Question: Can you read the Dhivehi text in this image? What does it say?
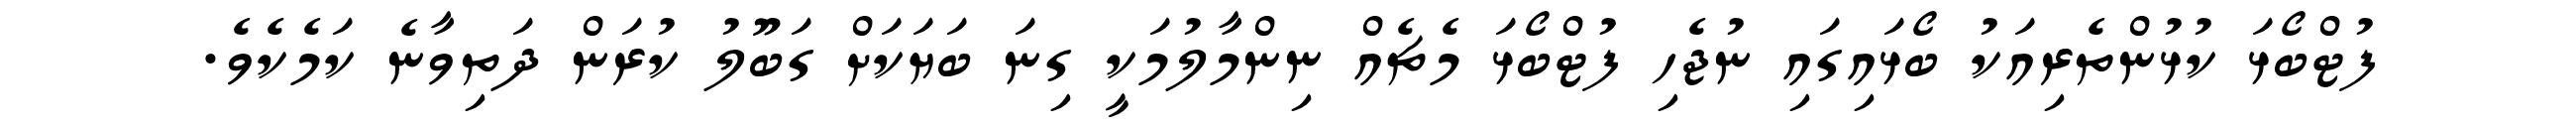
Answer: ފުޓްބޯޅަ ކުޅުންތެރިއަކު ބޯޅައިގައި ނުޖެހި ފުޓްބޯޅަ މެޗެއް ނިންމާލުމަކީ ގިނަ ބަޔަކަށް ގަބޫލު ކުރަން ދަތިވާނެ ކަމެކެވެ.